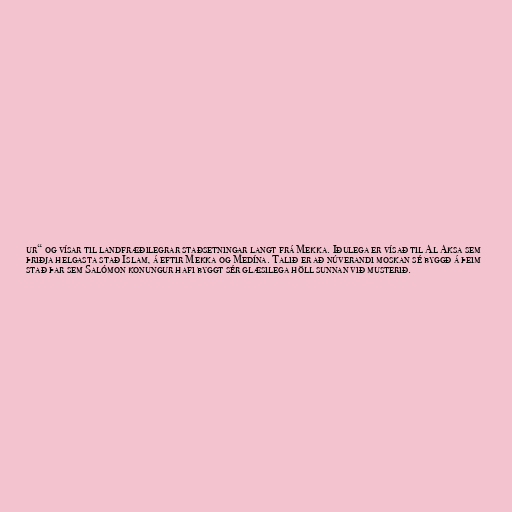
ur“ og vísar til landfræðilegrar staðsetningar langt frá Mekka. Iðulega er vísað til Al Aksa sem
þriðja helgasta stað Islam, á eftir Mekka og Medína. Talið er að núverandi moskan sé byggð á þeim
stað þar sem Salómon konungur hafi byggt sér glæsilega höll sunnan við musterið.